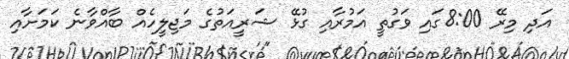
އަދި މިރޭ 8:00ގައި ވަގުތީ އަމުރާއި ގުޅޭ ޝަރީއަތުގެ މަޖިލީހެއް ބާއްވާނެ ކަމަށާއި